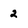
Character: 2